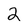
Character: 2